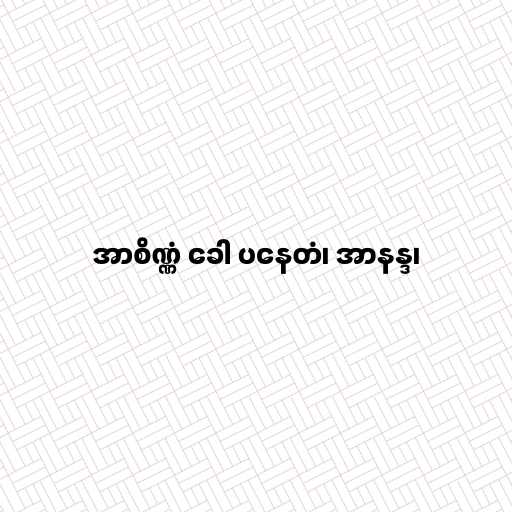
အာစိဏ္ဏံ ခေါ ပနေတံ၊ အာနန္ဒ၊